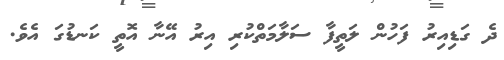
ދެ ގަޑިއިރު ފަހުން ލަތީފާ ސަލާމަތްކުރި އިރު އޭނާ އޮތީ ކަނޑުގަ އެވެ.